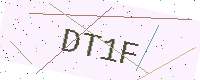
Text: DT1F